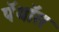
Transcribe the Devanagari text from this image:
पॅथॉस